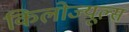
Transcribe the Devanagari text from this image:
किलोज्यूल्स